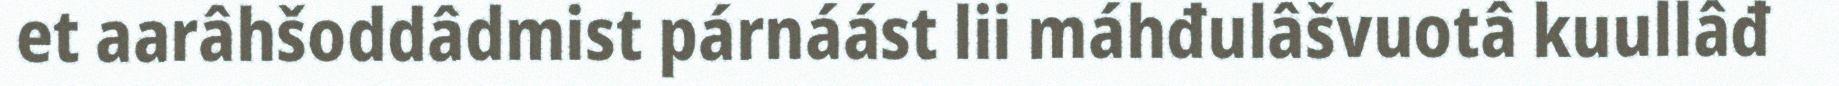
et aarâhšoddâdmist párnáást lii máhđulâšvuotâ kuullâđ